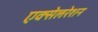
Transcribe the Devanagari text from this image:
एक्‍सेलरेशन